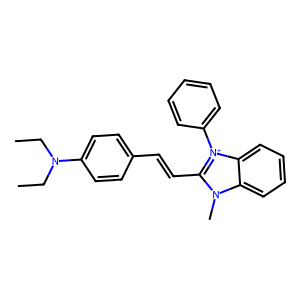
SMILES: CCN(CC)c1ccc(C=Cc2n(C)c3ccccc3[n+]2-c2ccccc2)cc1
Inhibits HIV replication: No